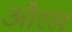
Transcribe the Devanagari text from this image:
औरख